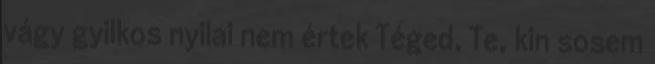
vágy gyilkos nyilai nem értek Téged, Te, kin sosem